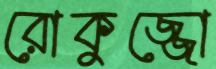
রোকুজ্জো